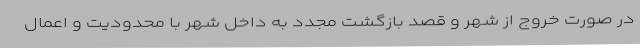
در صورت خروج از شهر و قصد بازگشت مجدد به داخل شهر با محدودیت و اعمال